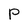
Character: P